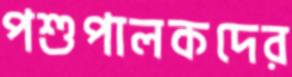
পশুপালকদের